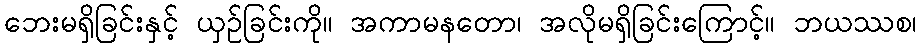
ဘေးမရှိခြင်းနှင့် ယှဉ်ခြင်းကို။ အကာမနတော၊ အလိုမရှိခြင်းကြောင့်။ ဘယဿစ၊